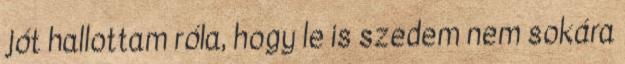
jót hallottam róla, hogy le is szedem nem sokára